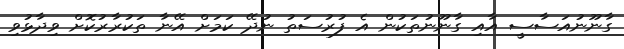
ގާނޫނުއަސާސީ އާއި ގާނޫނުތަކުން އެ ފުރުސަތު ނުދޭ ކަމަށް އޭނާ ތަކުރާރުކޮށް ވިދާޅުވި